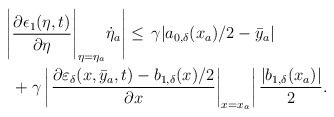
\begin{align*}\begin{aligned}\Bigg|&\dfrac{\partial \epsilon_1(\eta,t)}{\partial \eta}\Bigg|_{\eta = \eta_a}\dot{\eta}_a\Bigg| \le \,\gamma|a_{0,\delta}(x_a)/2-\bar{y}_a|\\&+\gamma \left|\left.\dfrac{\partial\varepsilon_\delta(x,\bar{y}_a,t)-b_{1,\delta}(x)/2}{\partial x}\right|_{x = x_a}\right|\dfrac{|b_{1,\delta}(x_a)|}{2}.\end{aligned}\end{align*}